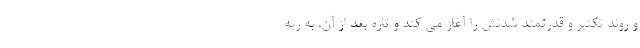
و روند تکثیر و قدرتمند شدنش را آغاز می کند و تازه بعد از آن، به ریه